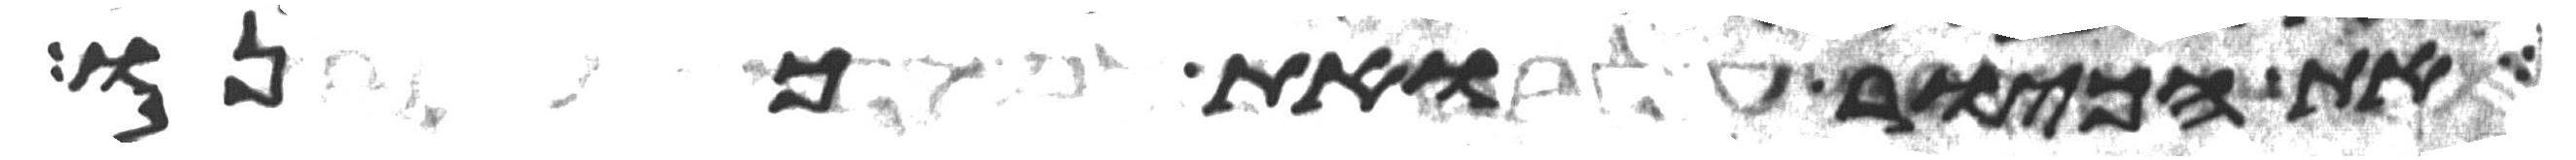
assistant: את הכיור ואת כנו